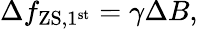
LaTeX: \Delta f_{\mathrm{ZS,1^{st}}}=\gamma\Delta B,